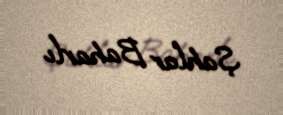
Şahlar Baharlı